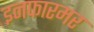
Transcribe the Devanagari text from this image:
इनफारमर